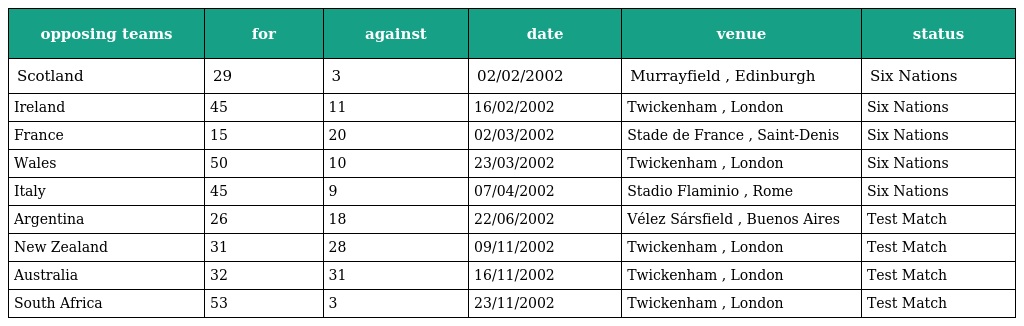
| opposing teams | for | against | date | venue | status |
 | --- | --- | --- | --- | --- | --- |
 | Scotland | 29 | 3 | 02/02/2002 | Murrayfield , Edinburgh | Six Nations |
 | Ireland | 45 | 11 | 16/02/2002 | Twickenham , London | Six Nations |
 | France | 15 | 20 | 02/03/2002 | Stade de France , Saint-Denis | Six Nations |
 | Wales | 50 | 10 | 23/03/2002 | Twickenham , London | Six Nations |
 | Italy | 45 | 9 | 07/04/2002 | Stadio Flaminio , Rome | Six Nations |
 | Argentina | 26 | 18 | 22/06/2002 | Vélez Sársfield , Buenos Aires | Test Match |
 | New Zealand | 31 | 28 | 09/11/2002 | Twickenham , London | Test Match |
 | Australia | 32 | 31 | 16/11/2002 | Twickenham , London | Test Match |
 | South Africa | 53 | 3 | 23/11/2002 | Twickenham , London | Test Match |